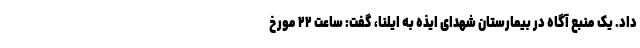
داد. یک منبع آگاه در بیمارستان شهدای ایذه به ایلنا، گفت: ساعت ۲۲ مورخ